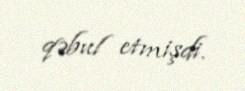
qəbul etmişdi.